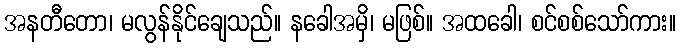
အနတီတော၊ မလွန်နိုင်ချေသည်။ နခေါအမှိ၊ မဖြစ်။ အထခေါ၊ စင်စစ်သော်ကား။